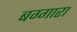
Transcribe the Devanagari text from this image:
बग्गारा